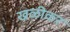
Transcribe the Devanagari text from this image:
खळीकर